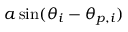
a \sin ( \theta _ { i } - \theta _ { p , i } )